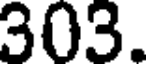
303.